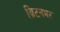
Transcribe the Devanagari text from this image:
ब्रिटनभर